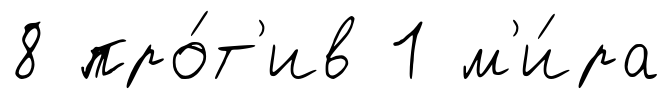
8 про́т'ив 1 м'и́ра